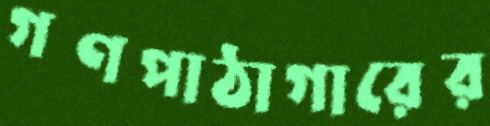
গণপাঠাগারের